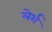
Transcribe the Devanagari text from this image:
लेर्श